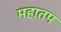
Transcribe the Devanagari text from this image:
महातप